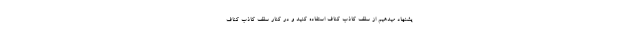
یشنهاد میدهیم از سقف کاذب کناف استفاده کنید و در کنار سقف کاذب کناف